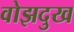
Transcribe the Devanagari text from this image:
वोझदुख